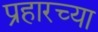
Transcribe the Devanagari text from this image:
प्रहारच्या